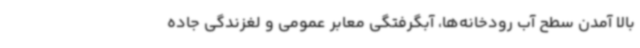
بالا آمدن سطح آب رودخانه‌ها، آبگرفتگی معابر عمومی و لغزندگی جاده‌